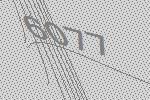
6077